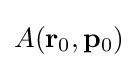
A(\mathbf {r} _{0},\mathbf {p} _{0})